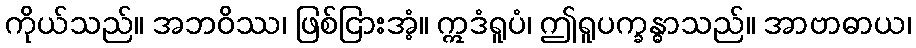
ကိုယ်သည်။ အဘဝိဿ၊ ဖြစ်ငြားအံ့။ ဣဒံရူပံ၊ ဤရူပက္ခန္ဓာသည်။ အာဗာဓာယ၊